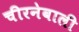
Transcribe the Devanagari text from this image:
चीरनेवाली